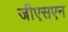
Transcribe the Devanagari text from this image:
जीएसएन